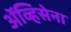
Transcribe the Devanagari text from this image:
ॲव्हिसेना